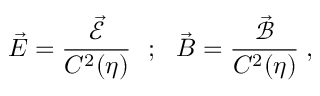
\vec { E } = \frac { \vec { \mathcal { E } } } { C ^ { 2 } ( \eta ) } ~ ~ ; ~ ~ \vec { B } = \frac { \vec { \mathcal { B } } } { C ^ { 2 } ( \eta ) } \; ,